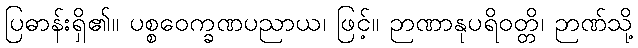
ပြဓာန်းရှိ၏။ ပစ္စဝေက္ခဏပညာယ၊ ဖြင့်။ ဉာဏာနုပရိဝတ္တိ၊ ဉာဏ်သို့